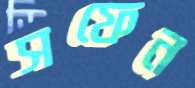
সফেন